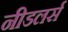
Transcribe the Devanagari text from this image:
नीडलर्स